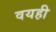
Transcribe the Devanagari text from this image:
वयही